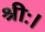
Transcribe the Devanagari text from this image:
श्रीः।